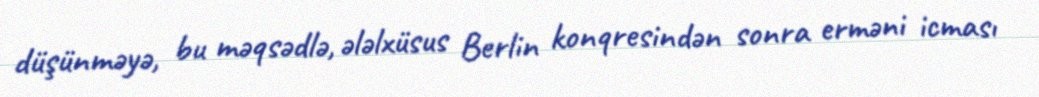
düşünməyə, bu məqsədlə, ələlxüsus Berlin konqresindən sonra erməni icması